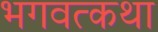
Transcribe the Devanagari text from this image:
भगवत्कथा